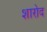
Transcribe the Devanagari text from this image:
शारोद